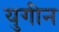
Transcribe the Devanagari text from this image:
युगीन